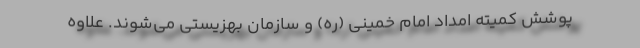
پوشش کمیته امداد امام خمینی (ره) و سازمان بهزیستی می‌شوند. علاوه